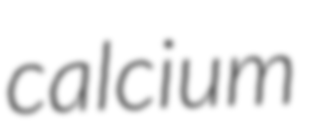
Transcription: calcium